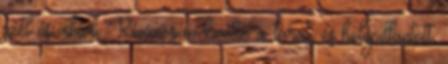
szél és vihar. Kíváncsian kivette a tárat, és belepillantott.